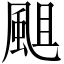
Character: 𩗃